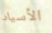
الأسياد